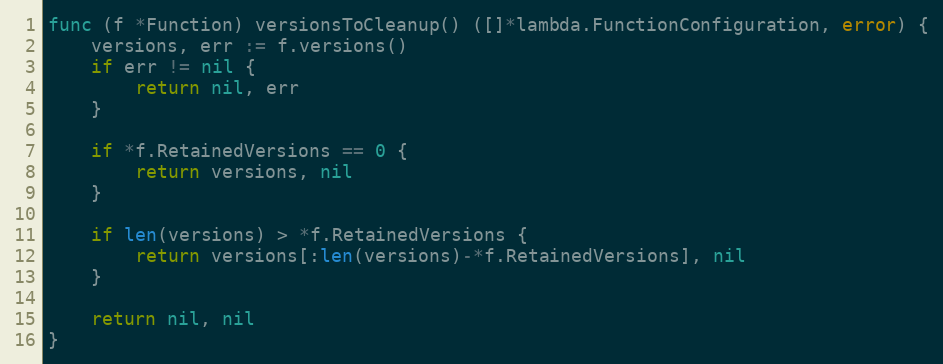
Language: Go
func (f *Function) versionsToCleanup() ([]*lambda.FunctionConfiguration, error) {
	versions, err := f.versions()
	if err != nil {
		return nil, err
	}

	if *f.RetainedVersions == 0 {
		return versions, nil
	}

	if len(versions) > *f.RetainedVersions {
		return versions[:len(versions)-*f.RetainedVersions], nil
	}

	return nil, nil
}